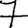
Digit: 7